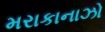
મરાકાનાઝો